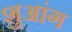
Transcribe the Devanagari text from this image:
शुआंग